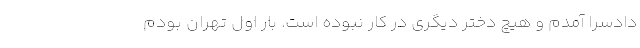
دادسرا آمدم و هیچ دختر دیگری در کار نبوده است. بار اول تهران بودم